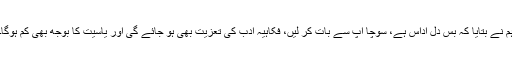
ہم نے بتایا کہ بس دل اداس ہے، سوچا آپ سے بات کر لیں، فکاہیہ ادب کی تعزیت بھی ہو جائے گی اور یاسیت کا بوجھ بھی کم ہوگا۔